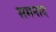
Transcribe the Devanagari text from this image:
समनाद